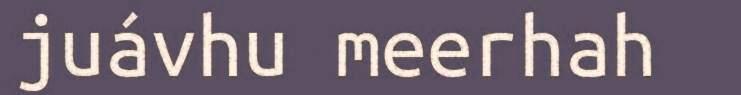
juávhu meerhah